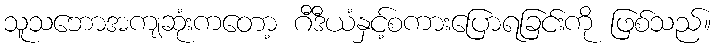
သူသဘောအကျဆုံးကတော့ ဂီဒီယံနှင့်စကားပြောရခြင်းကို ဖြစ်သည်။